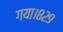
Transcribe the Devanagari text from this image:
गया।८२९